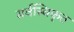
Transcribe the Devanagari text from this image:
सर्वस्विकृत